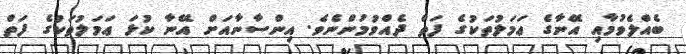
ބެއްލެވުމާއި އޭނާގެ ޢަމަލުތަކުގެ ފަތް ދެއްވުމުންނެވެ. އިންސާނާއަށް އޭނާ ކުޅަ ޢަމަލުތަކުގެ ފަތް